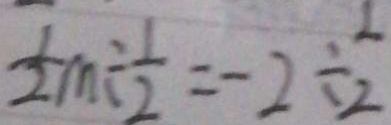
\frac { 1 } { 2 } m \div \frac { 1 } { 2 } = - 2 \div \frac { 1 } { 2 }